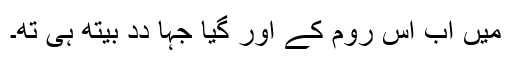
میں اَب اُس رُوم کے اور گیا جہا دِدِ بیتھِ ہُیِ تھِ۔